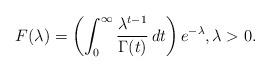
LaTeX: \begin{align*}F(\lambda)=\left(\int_0^\infty \frac{\lambda^{t-1}}{\Gamma(t)}\,dt\right)e^{-\lambda},\lambda>0.\end{align*}